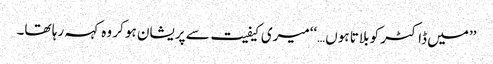
’’میں ڈاکٹر کو بلاتا ہوں…‘‘میری کیفیت سے پریشان ہو کر وہ کہہ رہا تھا۔